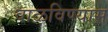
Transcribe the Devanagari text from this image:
वाळविण्यास